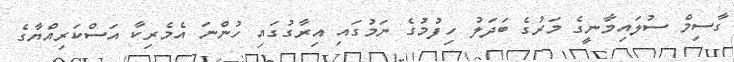
ގާސިމް ސުލައިމާނީގެ މަރުގެ ބަދަލު ހިފުމުގެ ނަމުގައި އިރާގުގައި ހުންނަ އެމެރިކާ އަސްކަރިއްޔާގެ